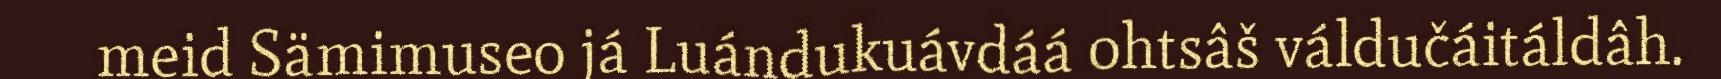
meid Sämimuseo já Luándukuávdáá ohtsâš váldučáitáldâh.